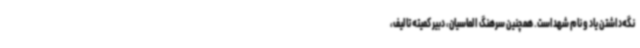
نگه‌داشتن یاد و نام شهداست. همچنین سرهنگ الماسیان، دبیر کمیته تالیف،